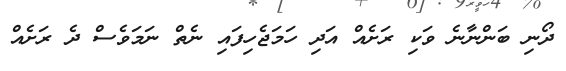
ދޯނި ބަންނާނެ ވަކި ރަށެއް އަދި ހަމަޖެހިފައި ނެތް ނަމަވެސް ދެ ރަށެއް